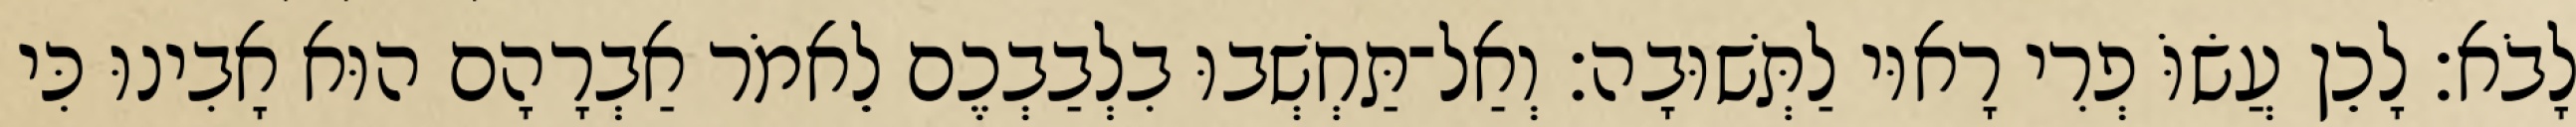
לָבֹא׃ לָכֵן עֲשׂוֹּ פְרִי רָאוּי לַתְּשׁוּבָה׃ וְאַל־תַּחְשְׁבוּ בִלְבַבְכֶם לֵאמֹר אַבְרָהָם הוּא אָבִינוּ כִּי